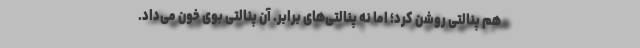
هم پنالتی روشن کرد؛ اما نه پنالتی‌های برابر. آن پنالتی بوی خون می‌داد.